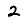
Digit: 2